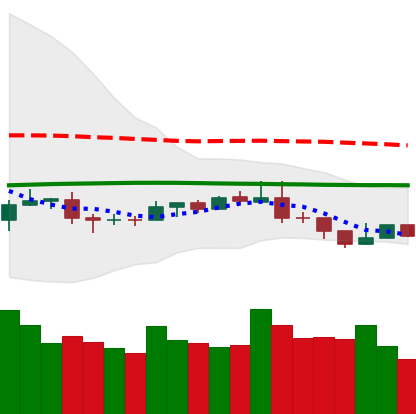
Ticker: NEO-USD
Chart end date: 2019-08-12
Forward return: -9.456%
Label: down_7plus